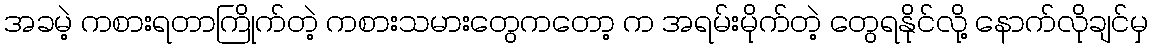
အခမဲ့ ကစားရတာကြိုက်တဲ့ ကစားသမားတွေကတော့ က အရမ်းမိုက်တဲ့ တွေရနိုင်လို့ နောက်လိုချင်မှ